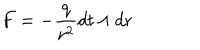
F = - \frac { q } { r ^ { 2 } } d t \wedge d r